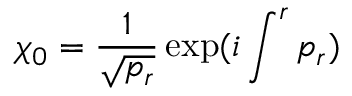
\chi _ { 0 } = { \frac { 1 } { \sqrt { p _ { r } } } } \exp ( i \int ^ { r } p _ { r } )